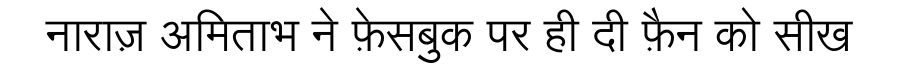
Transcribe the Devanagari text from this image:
नाराज़ अमिताभ ने फ़ेसबुक पर ही दी फ़ैन को सीख